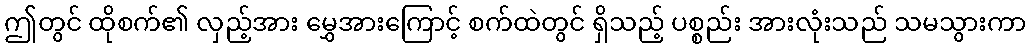
ဤတွင် ထိုစက်၏ လှည့်အား မွှေအားကြောင့် စက်ထဲတွင် ရှိသည့် ပစ္စည်း အားလုံးသည် သမသွားကာ